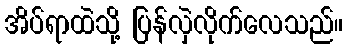
အိပ်ရာထဲသို့ ပြန်လှဲလိုက်လေသည်။